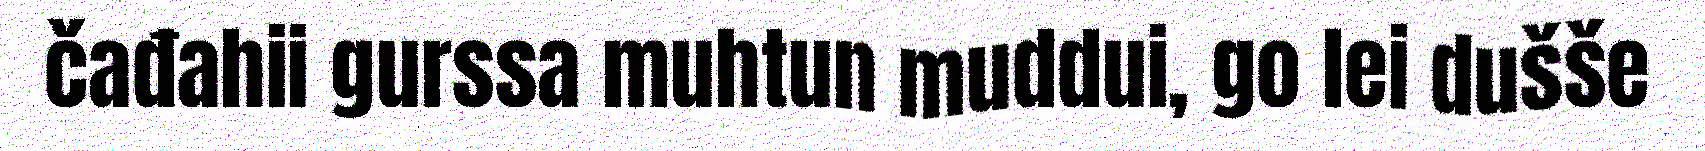
čađahii gurssa muhtun muddui, go lei dušše